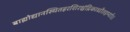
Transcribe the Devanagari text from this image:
बाह्योद्यानस्थितहरशिरश्चंद्रिकाधौतहर्म्या।।